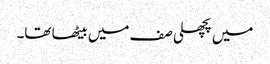
میں پچھلی صف میں بیٹھا تھا۔